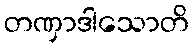
တဏှာဒါသောတိ